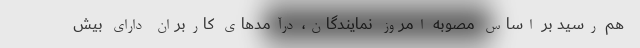
هم رسید بر اساس مصوبه امروز نمایندگان، درآمدهای کاربران دارای بیش